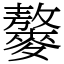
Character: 䵅